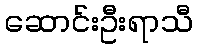
ဆောင်းဦးရာသီ